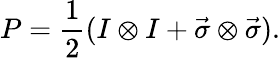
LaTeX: P=\frac{1}{2}(I\otimes I+\vec{\sigma}\otimes\vec{\sigma}).